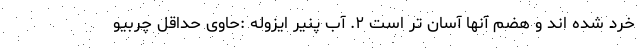
خرد شده اند و هضم آنها آسان تر است ۲. آب پنیر ایزوله :حاوی حداقل چربیو